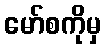
မော်စကိုမှ